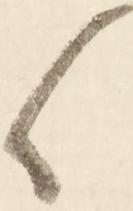
候